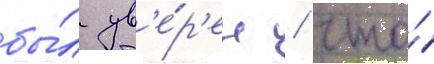
бы́л ув'е́р'ен / что́